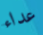
عداء